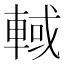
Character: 𰹓